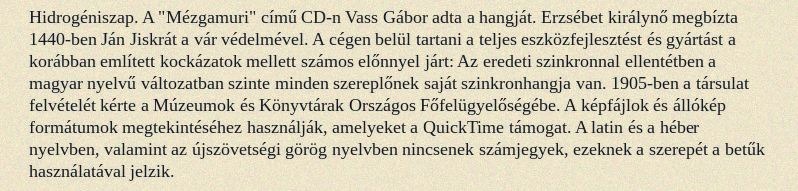
Hidrogéniszap. A "Mézgamuri" című CD-n Vass Gábor adta a hangját. Erzsébet királynő megbízta 1440-ben Ján Jiskrát a vár védelmével. A cégen belül tartani a teljes eszközfejlesztést és gyártást a korábban említett kockázatok mellett számos előnnyel járt: Az eredeti szinkronnal ellentétben a magyar nyelvű változatban szinte minden szereplőnek saját szinkronhangja van. 1905-ben a társulat felvételét kérte a Múzeumok és Könyvtárak Országos Főfelügyelőségébe. A képfájlok és állókép formátumok megtekintéséhez használják, amelyeket a QuickTime támogat. A latin és a héber nyelvben, valamint az újszövetségi görög nyelvben nincsenek számjegyek, ezeknek a szerepét a betűk használatával jelzik.